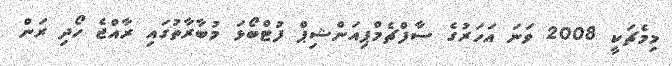
މިމެޗަކީ 2008 ވަނަ އަހަރުގެ ސާފްޗެމްޕިއަންޝިޕް ފުޓްބޯޅަ މުބާރާތުގައި ރާއްޖެ ހޯދި ރަން